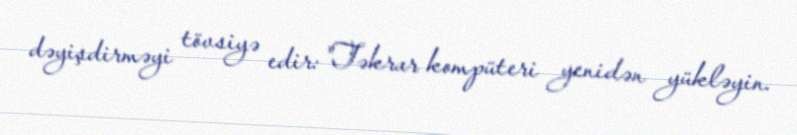
dəyişdirməyi tövsiyə edir: "Təkrar kompüteri yenidən yükləyin.